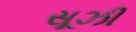
સૂઝી